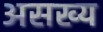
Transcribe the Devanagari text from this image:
असख्य